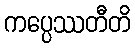
ကပ္ပေဿတီတိ